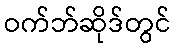
ဝက်ဘ်ဆိုဒ်တွင်